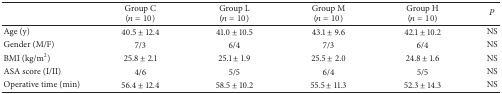
|  | Group C(n = 10) | Group L(n = 10) | Group M(n = 10) | Group H(n = 10) | P |
 | --- | --- | --- | --- | --- | --- |
 | Age (y) | 40.5 ± 12.4 | 41.0 ± 10.5 | 43.1 ± 9.6 | 42.1 ± 10.2 | NS |
 | Gender (M/F) | 7/3 | 6/4 | 7/3 | 6/4 | NS |
 | BMI (kg/m2) | 25.8 ± 2.1 | 25.1 ± 1.9 | 25.5 ± 2.0 | 24.8 ± 1.6 | NS |
 | ASA score (I/II) | 4/6 | 5/5 | 6/4 | 5/5 | NS |
 | Operative time (min) | 56.4 ± 12.4 | 58.5 ± 10.2 | 55.5 ± 11.3 | 52.3 ± 14.3 | NS |